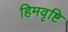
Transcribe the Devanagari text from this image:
हिमवृष्टि